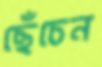
ছেঁচেন